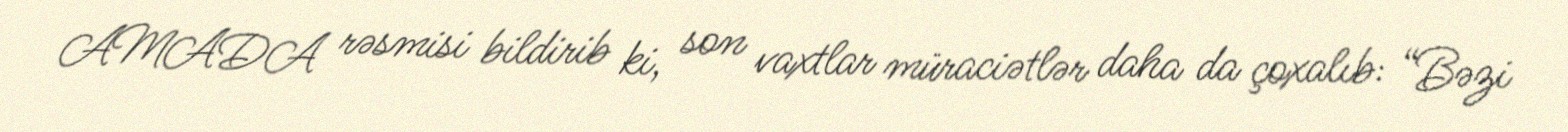
AMADA rəsmisi bildirib ki, son vaxtlar müraciətlər daha da çoxalıb: “Bəzi